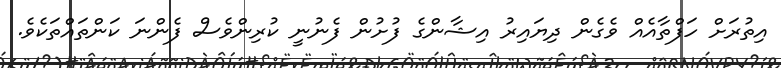
އިތުރަށް ހަފްތާއެއް ވެގެން ދިޔައިރު އިޝާންގެ ފުށުން ފެނުނީ ކުރިންވެސް ފެންނަ ކަންތައްތަކެވެ.